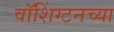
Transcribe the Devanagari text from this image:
वाॅशिंग्टनच्या